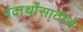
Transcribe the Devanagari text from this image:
पदार्थांसाठीचे